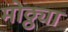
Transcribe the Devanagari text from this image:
मोठ्ठ्या